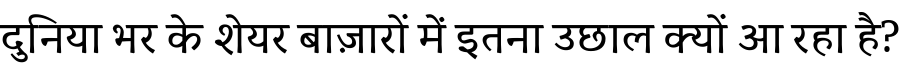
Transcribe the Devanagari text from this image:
दुनिया भर के शेयर बाज़ारों में इतना उछाल क्यों आ रहा है?